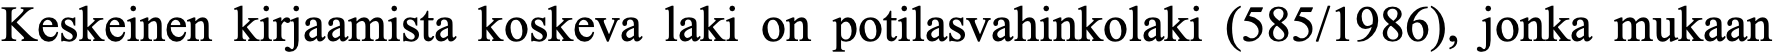
Keskeinen kirjaamista koskeva laki on potilasvahinkolaki (585/1986), jonka mukaan